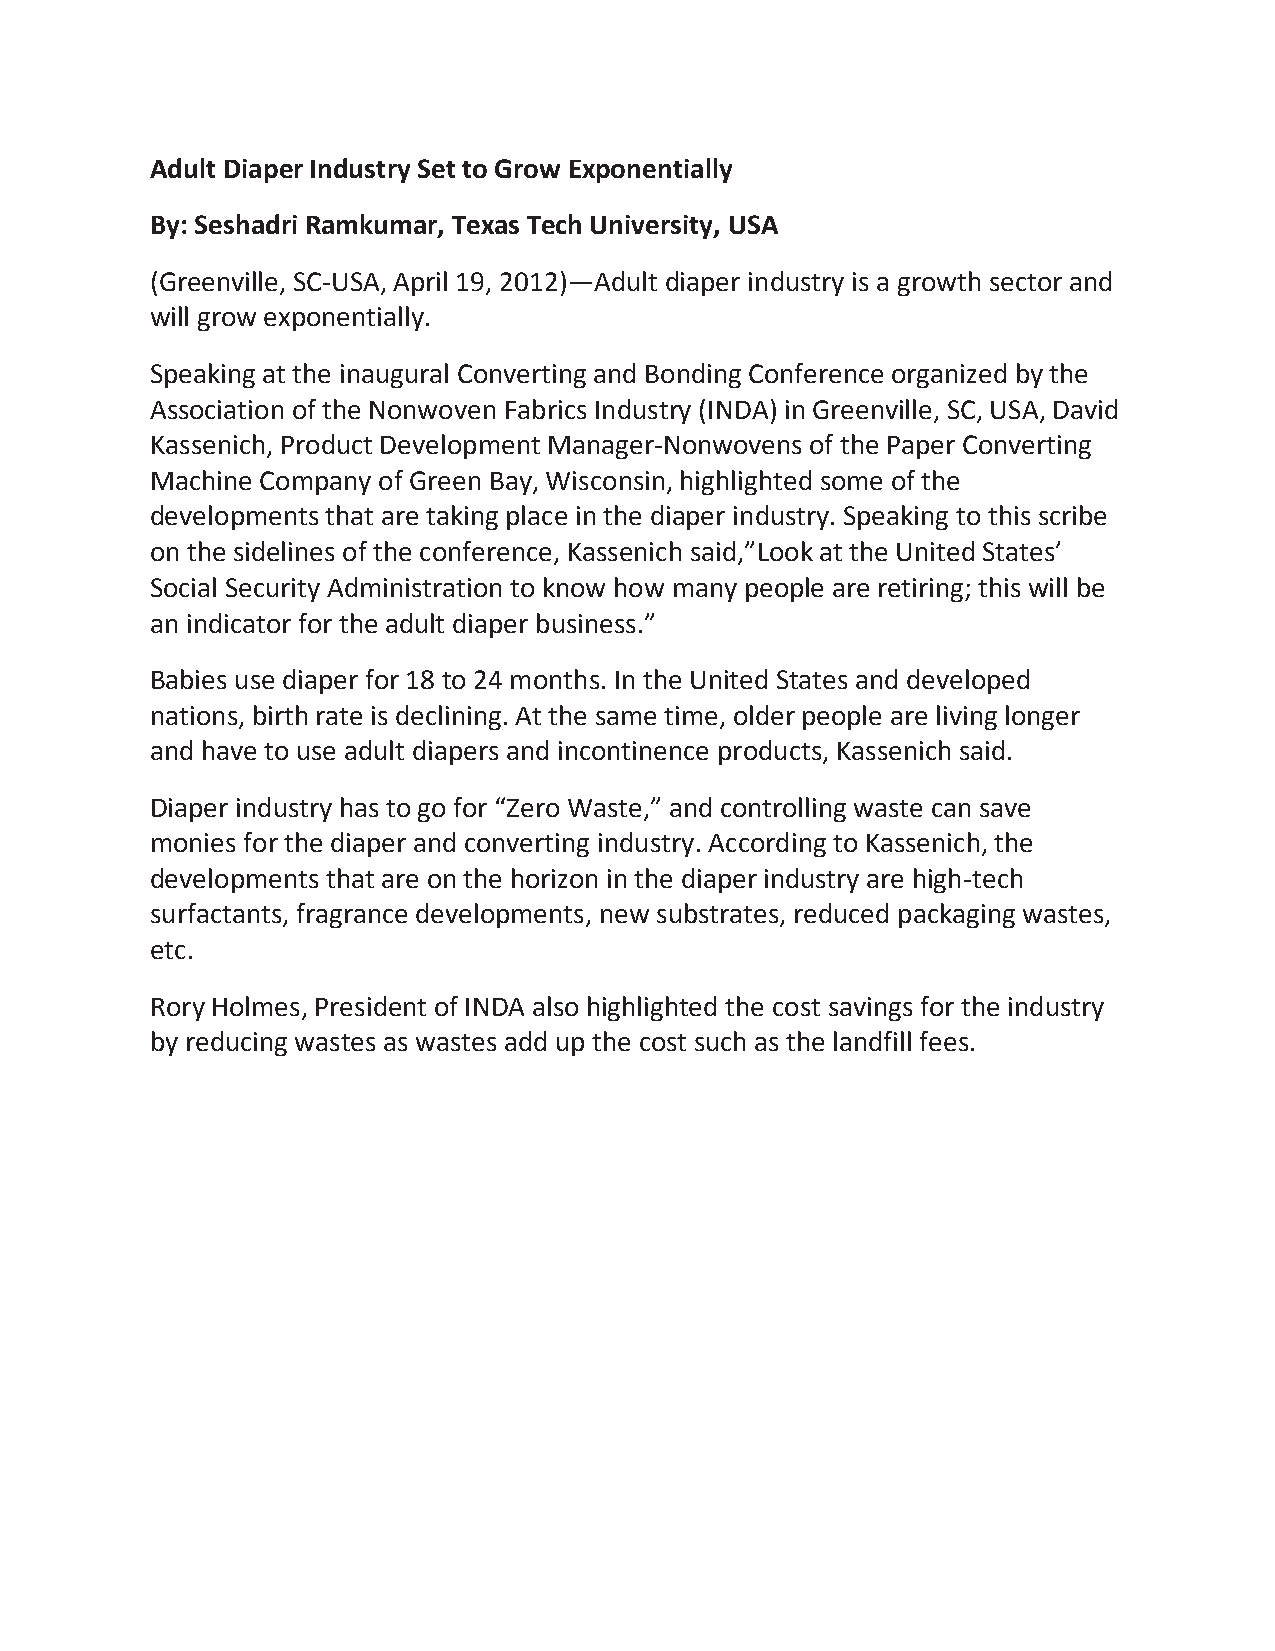
Adult Diaper Industry Set to Grow Exponentially
 By: Seshadri Ramkumar, Texas Tech University, USA
 (Greenville, SC-USA, April 19, 2012)—Adult diaper industry is a growth sector and
 will grow exponentially.
 Speaking at the inaugural Converting and Bonding Conference organized by the
 Association of the Nonwoven Fabrics Industry (INDA) in Greenville, SC, USA, David
 Kassenich, Product Development Manager-Nonwovens of the Paper Converting
 Machine Company of Green Bay, Wisconsin, highlighted some of the
 developments that are taking place in the diaper industry. Speaking to this scribe
 on the sidelines of the conference, Kassenich said,”Look at the United States’
 Social Security Administration to know how many people are retiring; this will be
 an indicator for the adult diaper business.”
 Babies use diaper for 18 to 24 months. In the United States and developed
 nations, birth rate is declining. At the same time, older people are living longer
 and have to use adult diapers and incontinence products, Kassenich said.
 Diaper industry has to go for “Zero Waste,” and controlling waste can save
 monies for the diaper and converting industry. According to Kassenich, the
 developments that are on the horizon in the diaper industry are high-tech
 surfactants, fragrance developments, new substrates, reduced packaging wastes,
 etc.
 Rory Holmes, President of INDA also highlighted the cost savings for the industry
 by reducing wastes as wastes add up the cost such as the landfill fees.